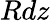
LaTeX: Rdz